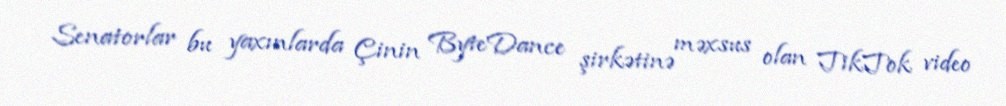
Senatorlar bu yaxınlarda Çinin ByteDance şirkətinə məxsus olan TikTok video